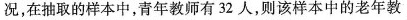
况，在抽取的样本中，青年教师有32人，则该样本中的老年教